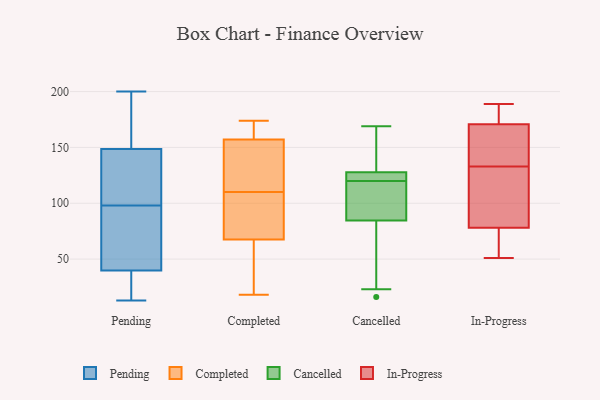
{"axis": {"x": "Backlog", "y": "Value"}, "legend": ["Cancelled", "Completed", "In-Progress", "Pending"], "data": [{"x": "", "y": 159, "type": "Pending"}, {"x": "", "y": 146, "type": "Pending"}, {"x": "", "y": 53, "type": "Pending"}, {"x": "", "y": 98, "type": "Pending"}, {"x": "", "y": 135, "type": "Pending"}, {"x": "", "y": 112, "type": "Pending"}, {"x": "", "y": 21, "type": "Pending"}, {"x": "", "y": 67, "type": "Pending"}, {"x": "", "y": 40, "type": "Pending"}, {"x": "", "y": 39, "type": "Pending"}, {"x": "", "y": 168, "type": "Pending"}, {"x": "", "y": 156, "type": "Pending"}, {"x": "", "y": 200, "type": "Pending"}, {"x": "", "y": 64, "type": "Pending"}, {"x": "", "y": 134, "type": "Pending"}, {"x": "", "y": 13, "type": "Pending"}, {"x": "", "y": 15, "type": "Pending"}, {"x": "", "y": 109, "type": "Completed"}, {"x": "", "y": 53, "type": "Completed"}, {"x": "", "y": 18, "type": "Completed"}, {"x": "", "y": 115, "type": "Completed"}, {"x": "", "y": 168, "type": "Completed"}, {"x": "", "y": 168, "type": "Completed"}, {"x": "", "y": 94, "type": "Completed"}, {"x": "", "y": 72, "type": "Completed"}, {"x": "", "y": 63, "type": "Completed"}, {"x": "", "y": 146, "type": "Completed"}, {"x": "", "y": 111, "type": "Completed"}, {"x": "", "y": 174, "type": "Completed"}, {"x": "", "y": 16, "type": "Cancelled"}, {"x": "", "y": 169, "type": "Cancelled"}, {"x": "", "y": 128, "type": "Cancelled"}, {"x": "", "y": 120, "type": "Cancelled"}, {"x": "", "y": 101, "type": "Cancelled"}, {"x": "", "y": 109, "type": "Cancelled"}, {"x": "", "y": 127, "type": "Cancelled"}, {"x": "", "y": 168, "type": "Cancelled"}, {"x": "", "y": 23, "type": "Cancelled"}, {"x": "", "y": 126, "type": "Cancelled"}, {"x": "", "y": 79, "type": "Cancelled"}, {"x": "", "y": 110, "type": "In-Progress"}, {"x": "", "y": 149, "type": "In-Progress"}, {"x": "", "y": 51, "type": "In-Progress"}, {"x": "", "y": 133, "type": "In-Progress"}, {"x": "", "y": 56, "type": "In-Progress"}, {"x": "", "y": 179, "type": "In-Progress"}, {"x": "", "y": 189, "type": "In-Progress"}, {"x": "", "y": 148, "type": "In-Progress"}, {"x": "", "y": 70, "type": "In-Progress"}, {"x": "", "y": 102, "type": "In-Progress"}, {"x": "", "y": 178, "type": "In-Progress"}]}